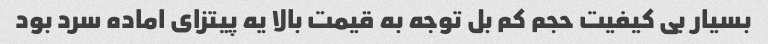
بسیار بی کیفیت حجم کم بل توجه به قیمت بالا یه پیتزای اماده سرد بود